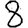
Digit: 8